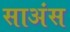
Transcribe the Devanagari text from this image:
साअंस